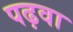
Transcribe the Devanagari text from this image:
पढ़वा